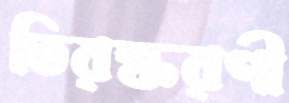
তিরস্করণী